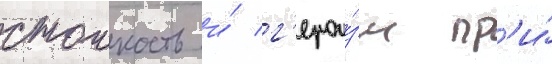
стоикость и́ г'ерои́зм пр'и́